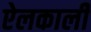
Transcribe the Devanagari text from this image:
ऐलकाली